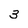
Character: 3